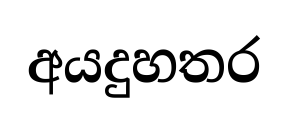
අයදුහතර